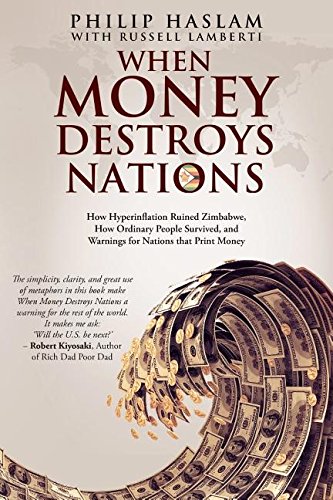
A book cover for When Money Destroys Nations: How Hyperinflation Ruined Zimbabwe, How Ordinary People Survived, and Warnings for Nations that Print Money; Philip Haslam; Business & Money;